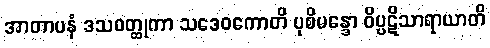
အာတာပနံ ဒသဝတ္ထုကာ သဒေဝကောတိ ပုစိမန္ဒော ဝိပ္ပဋိသာရာယာတိ